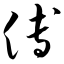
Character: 傅